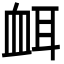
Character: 衈